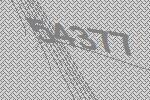
54377